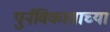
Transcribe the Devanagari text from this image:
पुर्नविकासाच्या